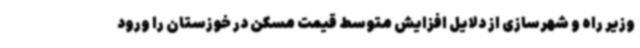
وزیر راه و شهرسازی از دلایل افزایش متوسط قیمت مسکن در خوزستان را ورود